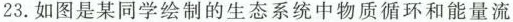
23.如图是某同学绘制的生态系统中物质循环和能量流